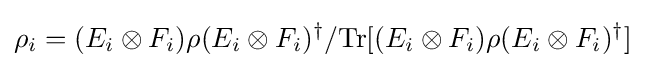
\rho _{i}=(E_{i}\otimes F_{i})\rho (E_{i}\otimes F_{i})^{\dagger }/\mathrm {Tr} [(E_{i}\otimes F_{i})\rho (E_{i}\otimes F_{i})^{\dagger }]